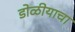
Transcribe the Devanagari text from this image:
डोळीयाचा